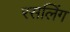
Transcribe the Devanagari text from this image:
रसलिंग